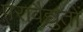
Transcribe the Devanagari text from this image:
परावैद्युतों